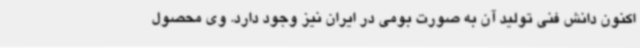
اکنون دانش فنی تولید آن به صورت بومی در ایران نیز وجود دارد. وی محصول